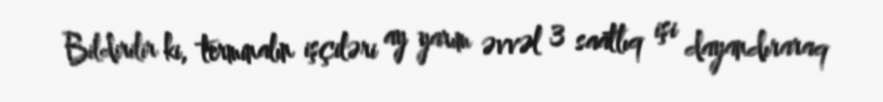
Bildirilir ki, terminalın işçiləri ay yarım əvvəl 3 saatlıq işi dayandıraraq